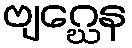
ဗျဂ္ဃေန